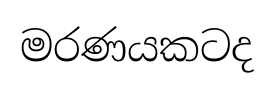
මරණයකටද